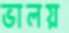
ভালয়